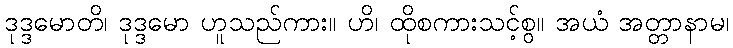
ဒုဒ္ဒမောတိ၊ ဒုဒ္ဒမော ဟူသည်ကား။ ဟိ၊ ထိုစကားသင့်စွ။ အယံ အတ္တာနာမ၊